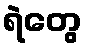
ရဲတွေ